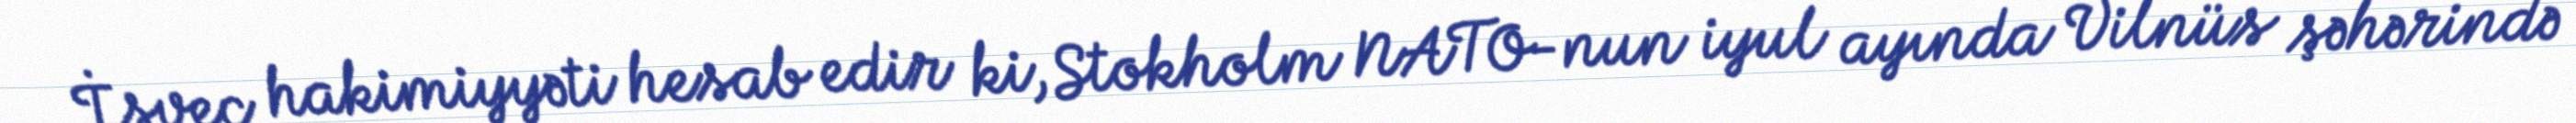
İsveç hakimiyyəti hesab edir ki, Stokholm NATO-nun iyul ayında Vilnüs şəhərində